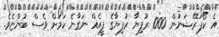
އެ ކޯޕަރޭޝަނުން 1000 ރުފިޔާ ރުފިޔާގެ ފީއެއް ނަގާނެ ކަމަށް ވެސް ބުންޏެވެ.